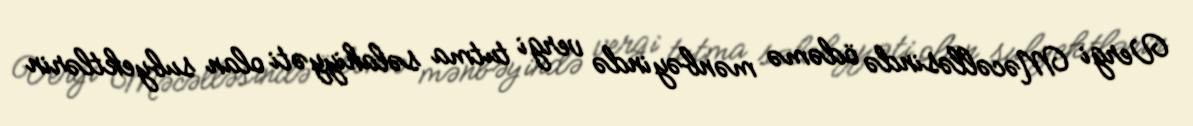
Vergi Məcəlləsində ödəmə mənbəyində vergi tutma səlahiyyəti olan subyektlərin